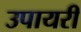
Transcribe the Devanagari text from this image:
उपायरी